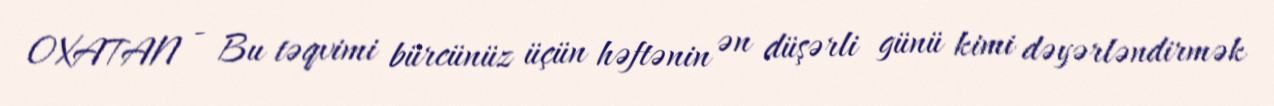
OXATAN - Bu təqvimi bürcünüz üçün həftənin ən düşərli günü kimi dəyərləndirmək